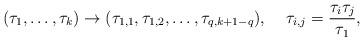
LaTeX: \begin{align*}(\tau _{1},\ldots ,\tau _{k}) \to (\tau _{1,1}, \tau_{1,2}, \ldots , \tau_{q,k+1-q}),\;\; \;\;\tau _{i,j} = \frac{\tau _{i}\tau _{ j}}{\tau _{1}},\end{align*}